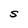
Character: S